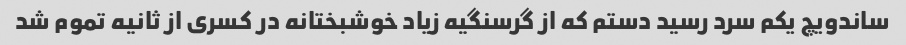
ساندویچ یکم سرد رسید دستم که از گرسنگیه زیاد خوشبختانه در کسری از ثانیه تموم شد